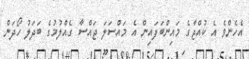
އެހެންވެ އެ ކުއްޖާގެ މައިންބަފައިން އެ މައްސަލަ ޖައްސާ ގެއްލުމުގެ ބަދަލު ހޯދަން